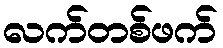
လက်တစ်ဖက်